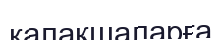
қалақшаларға